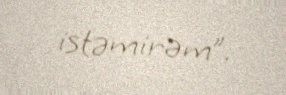
istəmirəm”.